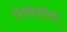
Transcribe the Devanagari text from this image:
रिबिकोला